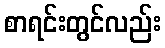
စာရင်းတွင်လည်း